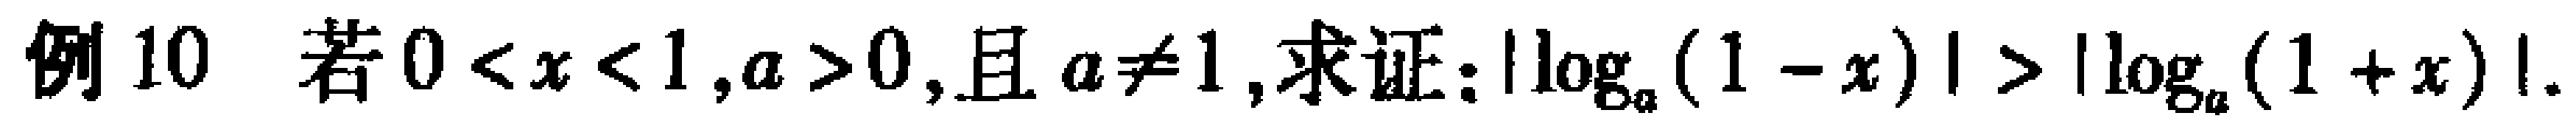
例10 若\(0 < x < 1,a > 0,\)且\(a\neq1\),求证：\(\vert\log_{a}(1 - x)\vert > \vert\log_{a}(1 + x)\vert\).